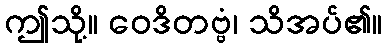
ဤသို့။ ဝေဒိတဗ္ဗံ၊ သိအပ်၏။